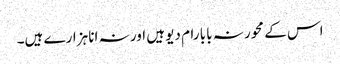
اس کے محور نہ بابا رام دیو ہیں اور نہ انا ہزارے ہیں۔